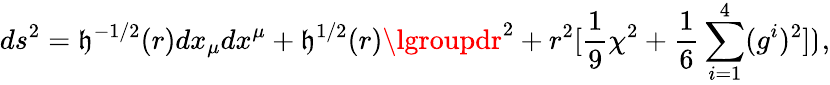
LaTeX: ds^{2}=\mathfrak{h}^{-1/2}(r)dx_{\mu}dx^{\mu}+\mathfrak{h}^{1/2}(r)\lgroupdr^{2}+r^{2}[{\frac{{1}}{{9}}}\chi^{2}+{\frac{{1}}{{6}}}\sum_{i=1}^{4}(g^{i})^{2}]\rgroup,